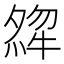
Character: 𤚶